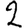
Digit: 2